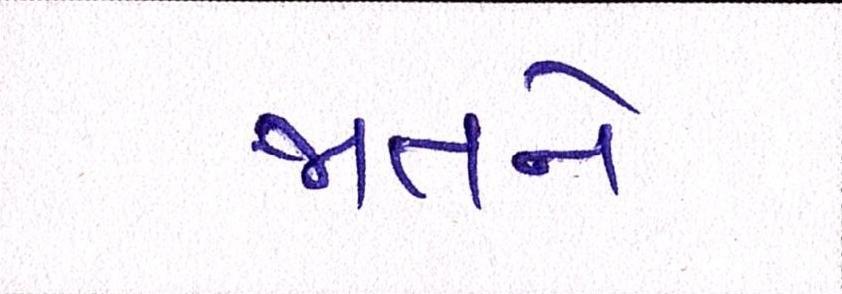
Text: જાતને